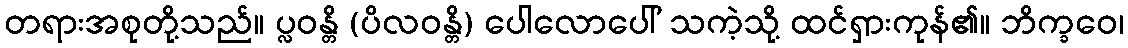
တရားအစုတို့သည်။ ပ္လဝန္တိ (ပိလဝန္တိ) ပေါလောပေါ် သကဲ့သို့ ထင်ရှားကုန်၏။ ဘိက္ခဝေ၊